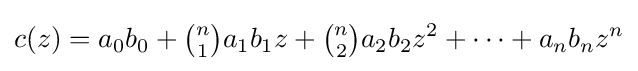
c(z)=a_{0}b_{0}+{\tbinom {n}{1}}a_{1}b_{1}z+{\tbinom {n}{2}}a_{2}b_{2}z^{2}+\cdots +a_{n}b_{n}z^{n}